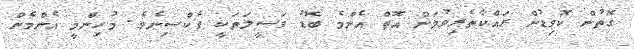
ގޮތުން ކޮވިޑުން ރައްކާތެރިވުމަށް އޮތް އެންމެ ބޮޑު ވަސީލަތަކީ ވެކްސިނެވެ. މުހިންމީ އެންމެން